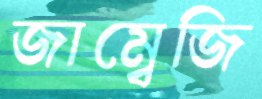
জাম্বেজি